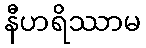
နီဟရိဿာမ